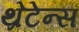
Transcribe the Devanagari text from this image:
थ्रेटेन्स